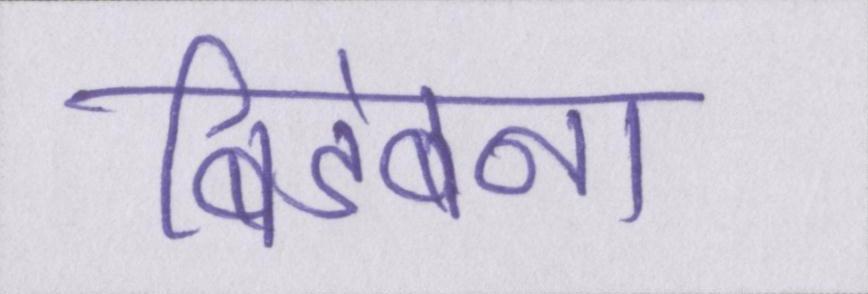
बिडंबना